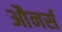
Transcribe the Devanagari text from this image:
औनर्स